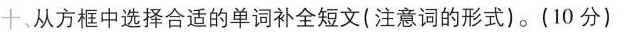
十从方框中选择合适的单词补全短文(注意词的形式).(10 分)